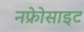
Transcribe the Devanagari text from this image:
नफ्रेोसाइट